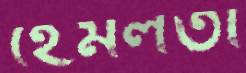
হেমলতা